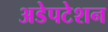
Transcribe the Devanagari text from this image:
अडेपटेशन